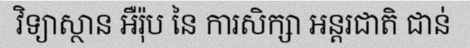
វិទ្យាស្ថាន អឺរ៉ុប នៃ ការសិក្សា អន្តរជាតិ ជាន់